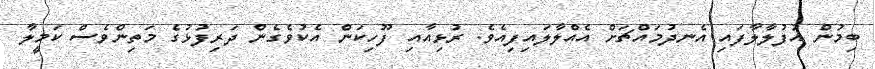
ބިމުން އުފުލާލާފައި އެނދުމައްޗަށް އެއްލާލައިފިއެވެ. ރުޅިއާއި ފޫހިކަން އެކުވެގެން ދަރިފުޅުގެ މަތިންވެސް ކަމީލާ